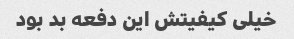
خیلی کیفیتش این دفعه بد بود